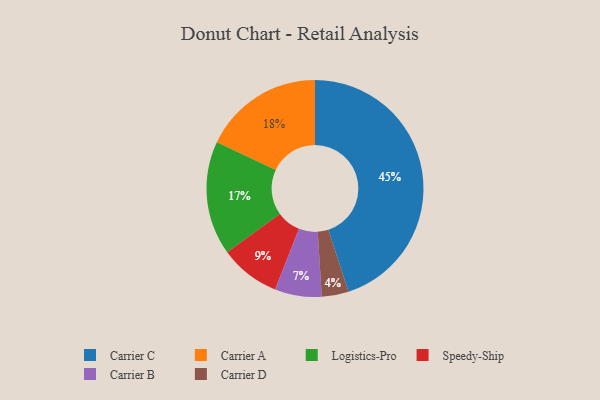
{"axis": {"x": "Category", "y": "Percentage"}, "legend": ["Carrier A", "Carrier B", "Carrier C", "Carrier D", "Logistics-Pro", "Speedy-Ship"], "data": [{"x": "Carrier D", "y": 4, "type": "Carrier D"}, {"x": "Carrier B", "y": 7, "type": "Carrier B"}, {"x": "Carrier A", "y": 18, "type": "Carrier A"}, {"x": "Speedy-Ship", "y": 9, "type": "Speedy-Ship"}, {"x": "Logistics-Pro", "y": 17, "type": "Logistics-Pro"}, {"x": "Carrier C", "y": 45, "type": "Carrier C"}]}